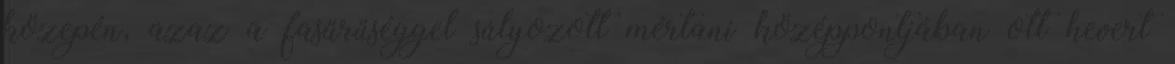
közepén, azaz a fasűrűséggel súlyozott mértani középpontjában ott hevert